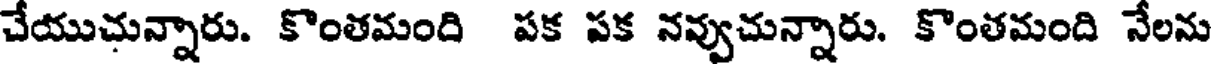
చేయుచున్నారు. కొంతమంది పక పక నవ్వుచున్నారు. కొంతమంది నేలను